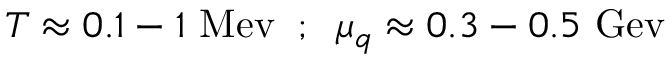
T \approx 0 . 1 - 1 ~ \mathrm { M e v } \; \; ; \; \; \mu _ { q } \approx 0 . 3 - 0 . 5 ~ \mathrm { G e v }